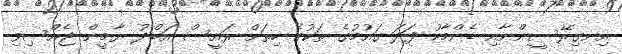
އިނގިރޭސީންނާއި ޑެންމާކު ފަދަ ގައުމުގެ ތަކުގެ ހިތަށް ރައީސް އަބްދު ޔާމީން ޖެއްސިވި